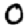
Digit: 0